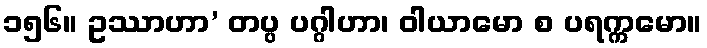
၁၅၆။ ဥဿာဟာ’ တပ္ပ ပဂ္ဂါဟာ၊ ဝါယာမော စ ပရက္ကမော။